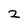
Character: 2